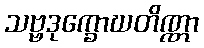
သဗ္ဗဒုက္ခောဃတိဏ္ဏာ